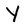
Character: Y